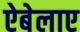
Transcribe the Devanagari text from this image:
ऐबेलाए